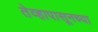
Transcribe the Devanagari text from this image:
तेव्हापासूनच्या